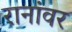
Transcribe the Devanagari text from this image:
रानांवर